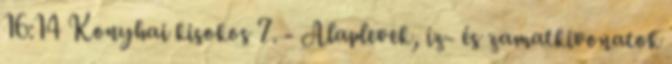
16:14 Konyhai kisokos 7. - Alaplevek, íz- és zamatkivonatok